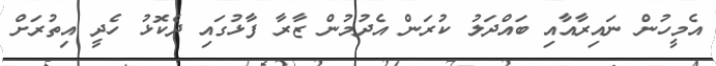
އެމީހުން ނައިރާއާއި ބައްދަލު ކުރަން އެދުމުން ޒާރާ ފާޅުގައި ދެކޮޅު ހެދީ އިތުރަށް